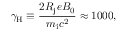
\gamma _ { \mathrm { H } } \equiv \frac { 2 R _ { \mathrm { j } } e B _ { 0 } } { m _ { \mathrm { i } } c ^ { 2 } } \approx 1 0 0 0 ,